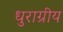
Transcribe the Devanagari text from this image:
धुराग्रीय